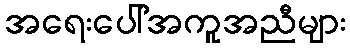
အရေးပေါ်အကူအညီများ